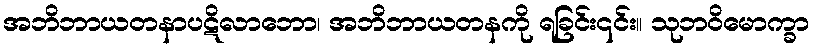
အဘိဘာယတနာပဋိလာဘော၊ အဘိဘာယတနကို ရခြင်း၎င်း။ သုဘဝိမောက္ခာ